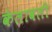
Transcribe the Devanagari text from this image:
केलावली